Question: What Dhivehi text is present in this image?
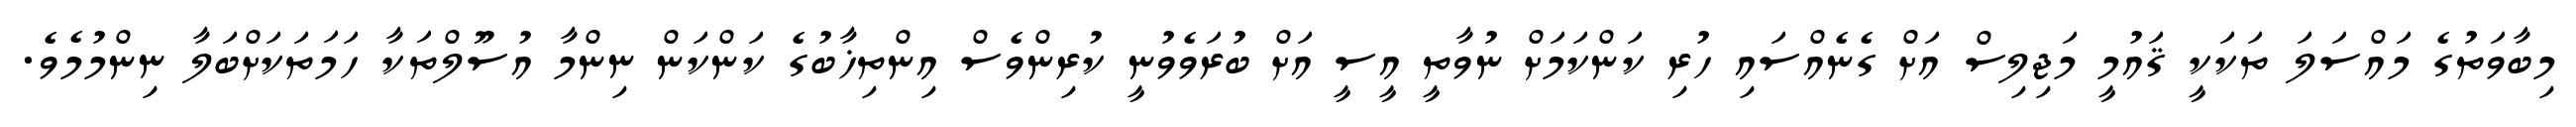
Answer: މިބާވަތުގެ މައްސަލަ ތަކަކީ ޤައުމީ މަޖިލިސް އަށް ގެނެއްސައި ހުރި ކަންކަމަށް ނުވާތީ އީސީ އަށް ބުރަވެވުނީ ކުރިންވެސް އިންތިޚާބުގެ ކަންކަން ނިންމާ އުސޫލްތަކާ ހަމަތަކަށްބަލާ ނިންމުމެވެ.